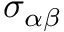
\sigma _ { \alpha \beta }